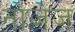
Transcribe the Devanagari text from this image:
नोजेज़